system: You are a helpful assistant.
user:
Analyze the provided spectrum to determine if it is a **"Cataclysmic Variables (CV)"**.

- **Key Indicators for CV (Check for either state):**
    - **State 1: Quiescent / Low-State (Emission-Dominated)**
        - **(Primary):** Strong and *very broad* Hydrogen Balmer emission lines (e.g., $H\alpha$ at 6563 Å, $H\beta$ at 4861 Å). The 'broadness' (high velocity dispersion, often FWHM > 1000 km/s) is the key diagnostic, indicating a high-velocity accretion disk.
        - **(Secondary):** Broad neutral Helium (He I) emission lines (e.g., 5876 Å, 6678 Å).
        - **(Key Confirmation):** Presence of high-excitation *ionized* Helium (He II) emission at 4686 Å. This is a strong indicator of accretion onto a white dwarf.
        - **(Line Profile):** Emission lines may exhibit a 'double-peaked' profile, which is a classic signature of a rotating accretion disk viewed at high inclination.

    - **State 2: Outburst / High-State (Absorption-Dominated)**
        - **(Primary):** Spectrum is dominated by a bright, blue continuum (looks like a hot star).
        - **(Secondary):** The emission lines from State 1 are weak, absent, or 'filled in', and are replaced by broad, shallow *absorption* lines (primarily Balmer and He I).
        - **(Morphology):** The overall spectrum mimics a hot B/A-type star. The crucial difference is that the absorption lines are significantly broader, shallower, and more 'washed-out' (or 'smeared') than the sharp lines of a normal stellar photosphere, due to high rotational speeds and pressure broadening in the disk.

Think first, call **spectral_visualization_tool** if needed to examine features in detail, then provide your final answer. Your response must adhere to the following strict rules:
1.  **Overall Structure:** Your response must follow the format `<think>...</think> <tool_call>...</tool_call> (if a tool is used) <answer>...</answer>`.
2.  **Tool Usage Constraint:** You may only make **one** tool call per turn.
3.  **Final Answer Format:** In the `<answer>` tag, your conclusion must be inside a `\boxed{}` command (e.g., `\boxed{YES}`), followed by your justification.

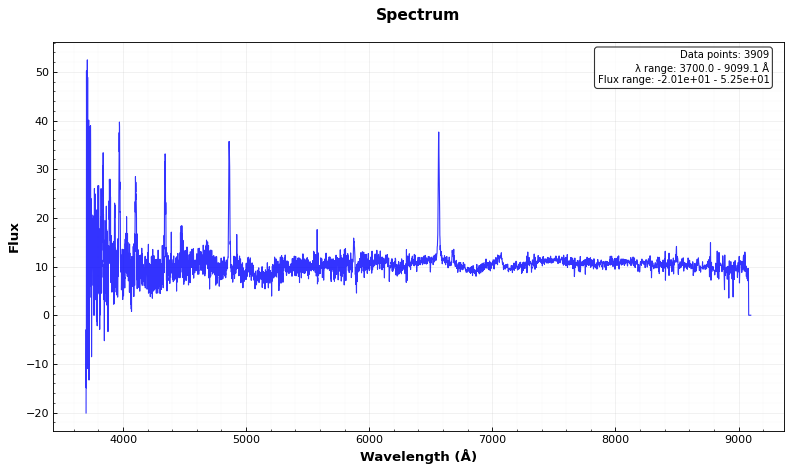
Answer: YES